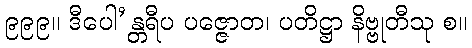
၉၉၉။ ဒီပေါ’န္တရီပ ပဇ္ဇောတ၊ ပတိဋ္ဌာ နိဗ္ဗုတီသု စ။